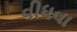
વીધવા